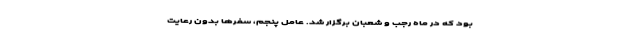
بود که در ماه رجب و شعبان برگزار شد. عامل پنجم، سفرها بدون رعایت